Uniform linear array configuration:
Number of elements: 16
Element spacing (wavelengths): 0.75
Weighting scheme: blackman
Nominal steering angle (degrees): -15
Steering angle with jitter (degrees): -16.886
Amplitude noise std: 0.05
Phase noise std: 0.05

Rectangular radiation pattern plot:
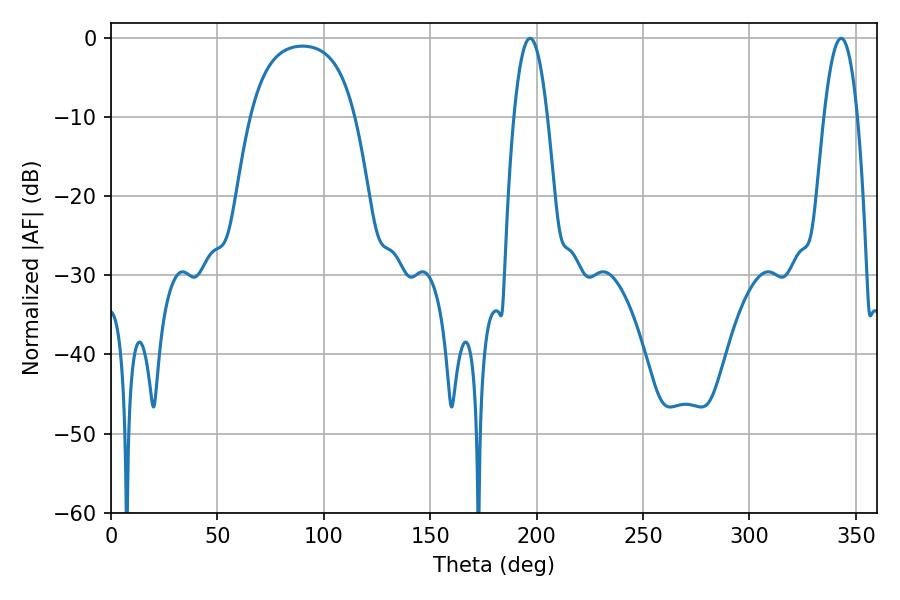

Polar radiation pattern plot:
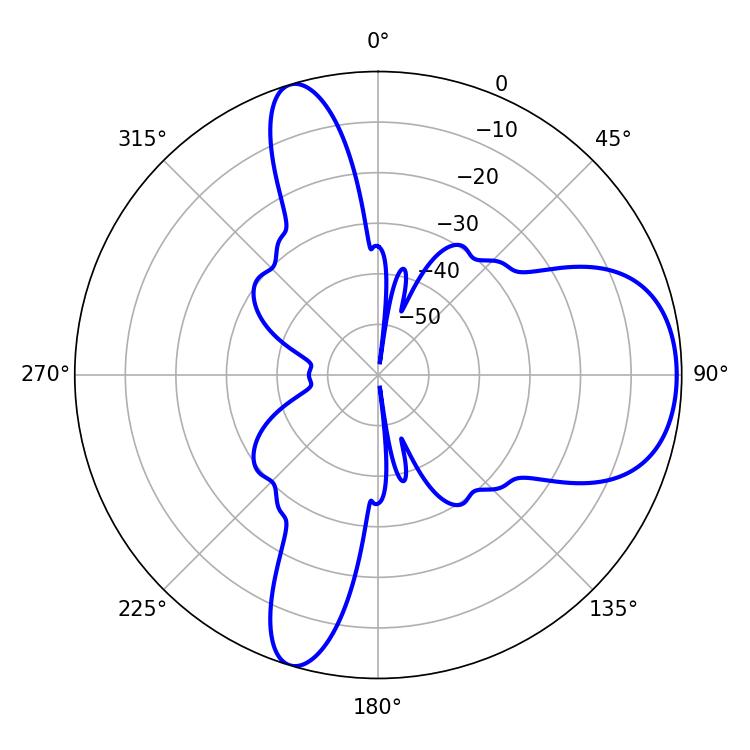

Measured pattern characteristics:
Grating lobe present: TRUE
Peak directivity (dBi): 7.456
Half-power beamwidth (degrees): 8.64
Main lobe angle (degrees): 343.08